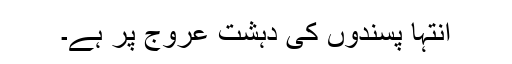
انتہا پسندوں کی دہشت عروج پر ہے۔